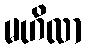
မဟိလာ